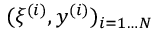
( \xi ^ { ( i ) } , y ^ { ( i ) } ) _ { i = 1 \dots N }